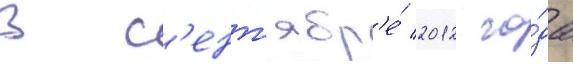
В с'ент'ябр'е́ 2012 го́да